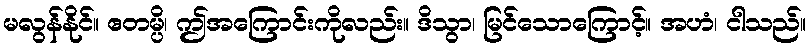
မလွန်နိုင်။ ဧတမ္ပိ၊ ဤအကြောင်းကိုလည်း။ ဒိသွာ၊ မြင်သောကြောင့်။ အဟံ၊ ငါသည်။